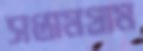
সপ্তামগ্রাম